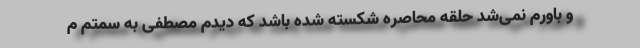
و باورم نمی‌شد حلقه محاصره شکسته شده باشد که دیدم مصطفی به سمتم م